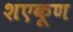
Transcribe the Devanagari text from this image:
शएकूण